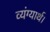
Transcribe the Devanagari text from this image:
व्यंग्यार्थ।